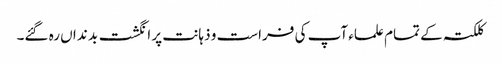
کلکتہ کے تمام علماء آپ کی فراست و ذہانت پر انگشت بد نداں رہ گئے۔